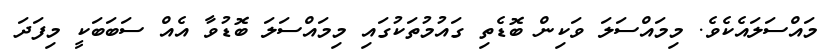
މައްސަލައެކެވެ. މިމައްސަލަ ވަކިން ބޮޑެތި ގައުމުތަކުގައި މިމައްސަލަ ބޮޑުވާ އެއް ސަބަބަކީ މިފަދަ